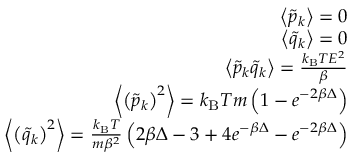
\begin{array} { r } { \left< \tilde { p } _ { k } \right> = 0 } \\ { \left< \tilde { q } _ { k } \right> = 0 } \\ { \left< \tilde { p } _ { k } \tilde { q } _ { k } \right> = \frac { k _ { \mathrm { B } } T E ^ { 2 } } { \beta } } \\ { \left< \left( \tilde { p } _ { k } \right) ^ { 2 } \right> = k _ { \mathrm { B } } T m \left( 1 - e ^ { - 2 \beta \Delta } \right) } \\ { \left< \left( \tilde { q } _ { k } \right) ^ { 2 } \right> = \frac { k _ { \mathrm { B } } T } { m \beta ^ { 2 } } \left( 2 \beta \Delta - 3 + 4 e ^ { - \beta \Delta } - e ^ { - 2 \beta \Delta } \right) } \end{array}